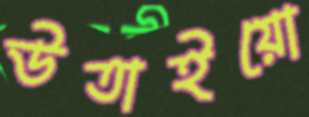
উতাইয়ো